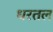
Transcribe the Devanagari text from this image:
धरतल